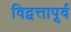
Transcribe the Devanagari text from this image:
विद्वत्तापूर्व